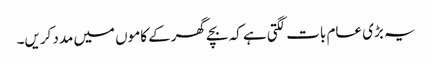
یہ بڑی عام بات لگتی ہے کہ بچے گھرکے کاموں میں مدد کریں۔